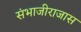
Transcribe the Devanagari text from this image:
संभाजीराजास